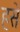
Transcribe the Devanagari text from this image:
हसे